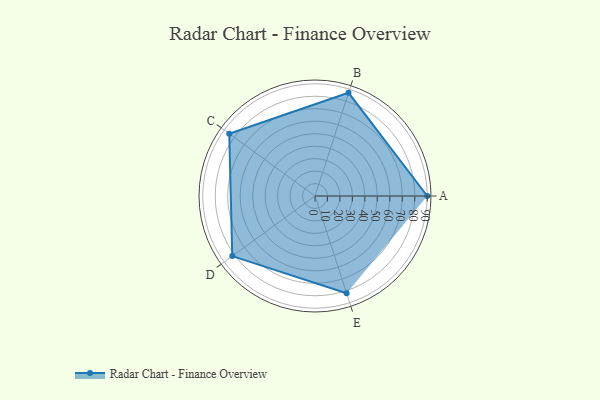
{"axis": {"x": "Skill", "y": "Score"}, "legend": ["Profile"], "data": [{"x": "A", "y": 90.0, "type": "Profile"}, {"x": "B", "y": 87.0, "type": "Profile"}, {"x": "C", "y": 85.0, "type": "Profile"}, {"x": "D", "y": 82.0, "type": "Profile"}, {"x": "E", "y": 82.0, "type": "Profile"}]}